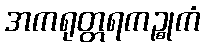
အကရုတ္တရကဉ္စုကံ